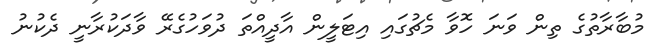
މުބާރާތުގެ ތިން ވަނަ ހޮވާ މެޗުގައި އިޓަލީން އާދީއްތަ ދުވަހުގެރޭ ވާދަކުރާނީ ދެކުނު